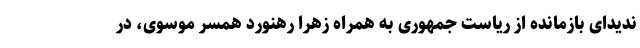
ندیدای بازمانده از ریاست جمهوری به همراه زهرا رهنورد همسر موسوی، در